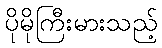
ပိုမိုကြီးမားသည့်